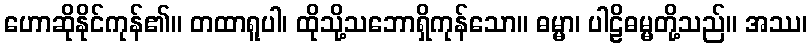
ဟောဆိုနိုင်ကုန်၏။ တထာရူပါ၊ ထိုသို့သဘောရှိကုန်သော။ ဓမ္မာ၊ ပါဠိဓမ္မတို့သည်။ အဿ၊